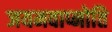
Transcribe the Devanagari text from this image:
जयमवाप्नोति